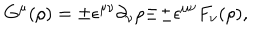
G ^ { \mu } ( \rho ) = { \pm } { \epsilon } ^ { { \mu } { \nu } } { \partial } _ { \nu } { \rho } { \equiv } { \pm } { \epsilon } ^ { { \mu } { \nu } } F _ { \nu } ( \rho ) ,